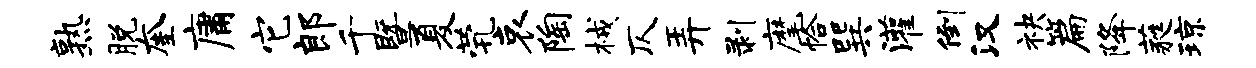
熟脱奎庸它郎千暨夏茕哀陶械仄弄剥麾恰巽灌倒汉袂篇降蕤琼